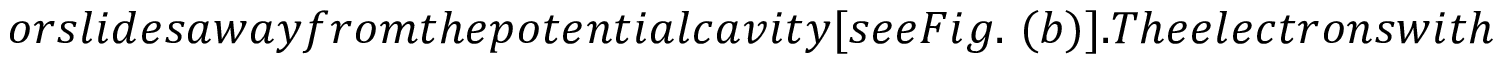
o r s l i d e s a w a y f r o m t h e p o t e n t i a l c a v i t y [ s e e F i g . ~ ( b ) ] . T h e e l e c t r o n s w i t h